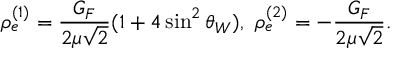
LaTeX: \rho _ { e } ^ { ( 1 ) } = { \frac { G _ { F } } { 2 \mu \sqrt 2 } } ( 1 + 4 \sin ^ { 2 } \theta _ { W } ) , \ \rho _ { e } ^ { ( 2 ) } = - { \frac { G _ { F } } { 2 \mu \sqrt 2 } } .